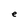
Character: e